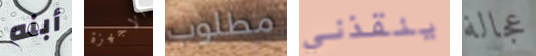
أبنه الاجهزة مطلوب ينقذني عجالة